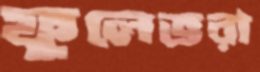
ফুলেভরা